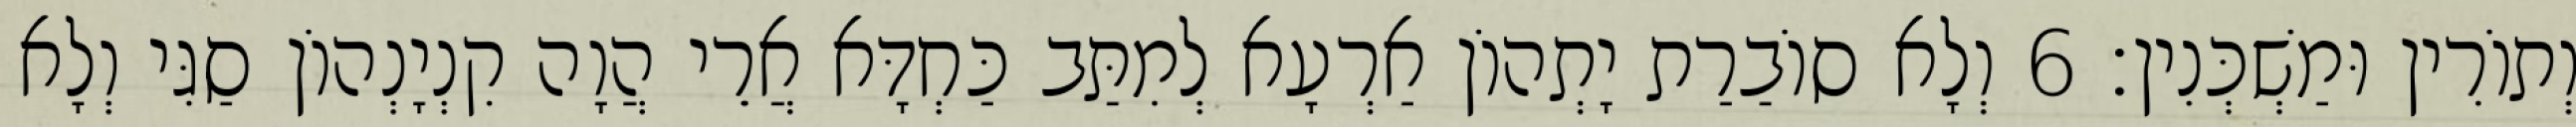
וְתוֹרִין וּמַשְׁכְּנִין׃ 6 וְלָא סוֹבַרַת יָתְהוֹן אַרְעָא לְמִתַּב כַּחְדָּא אֲרֵי הֲוָה קִנְיָנְהוֹן סַגִּי וְלָא